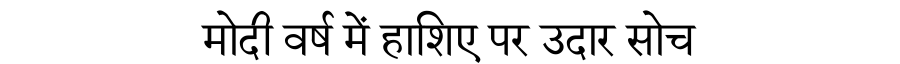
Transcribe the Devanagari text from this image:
मोदी वर्ष में हाशिए पर उदार सोच